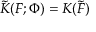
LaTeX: \tilde { { \cal K } } ( { \cal F } ; \Phi ) = { \cal K } ( \tilde { { \cal F } } )